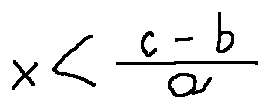
x < \frac { c - b } { a }